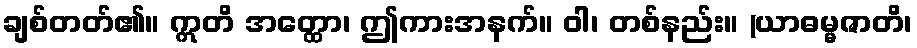
ချစ်တတ်၏။ ဣတိ အတ္ထော၊ ဤကားအနက်။ ဝါ၊ တစ်နည်း။ (ယာဓမ္မဇာတိ၊